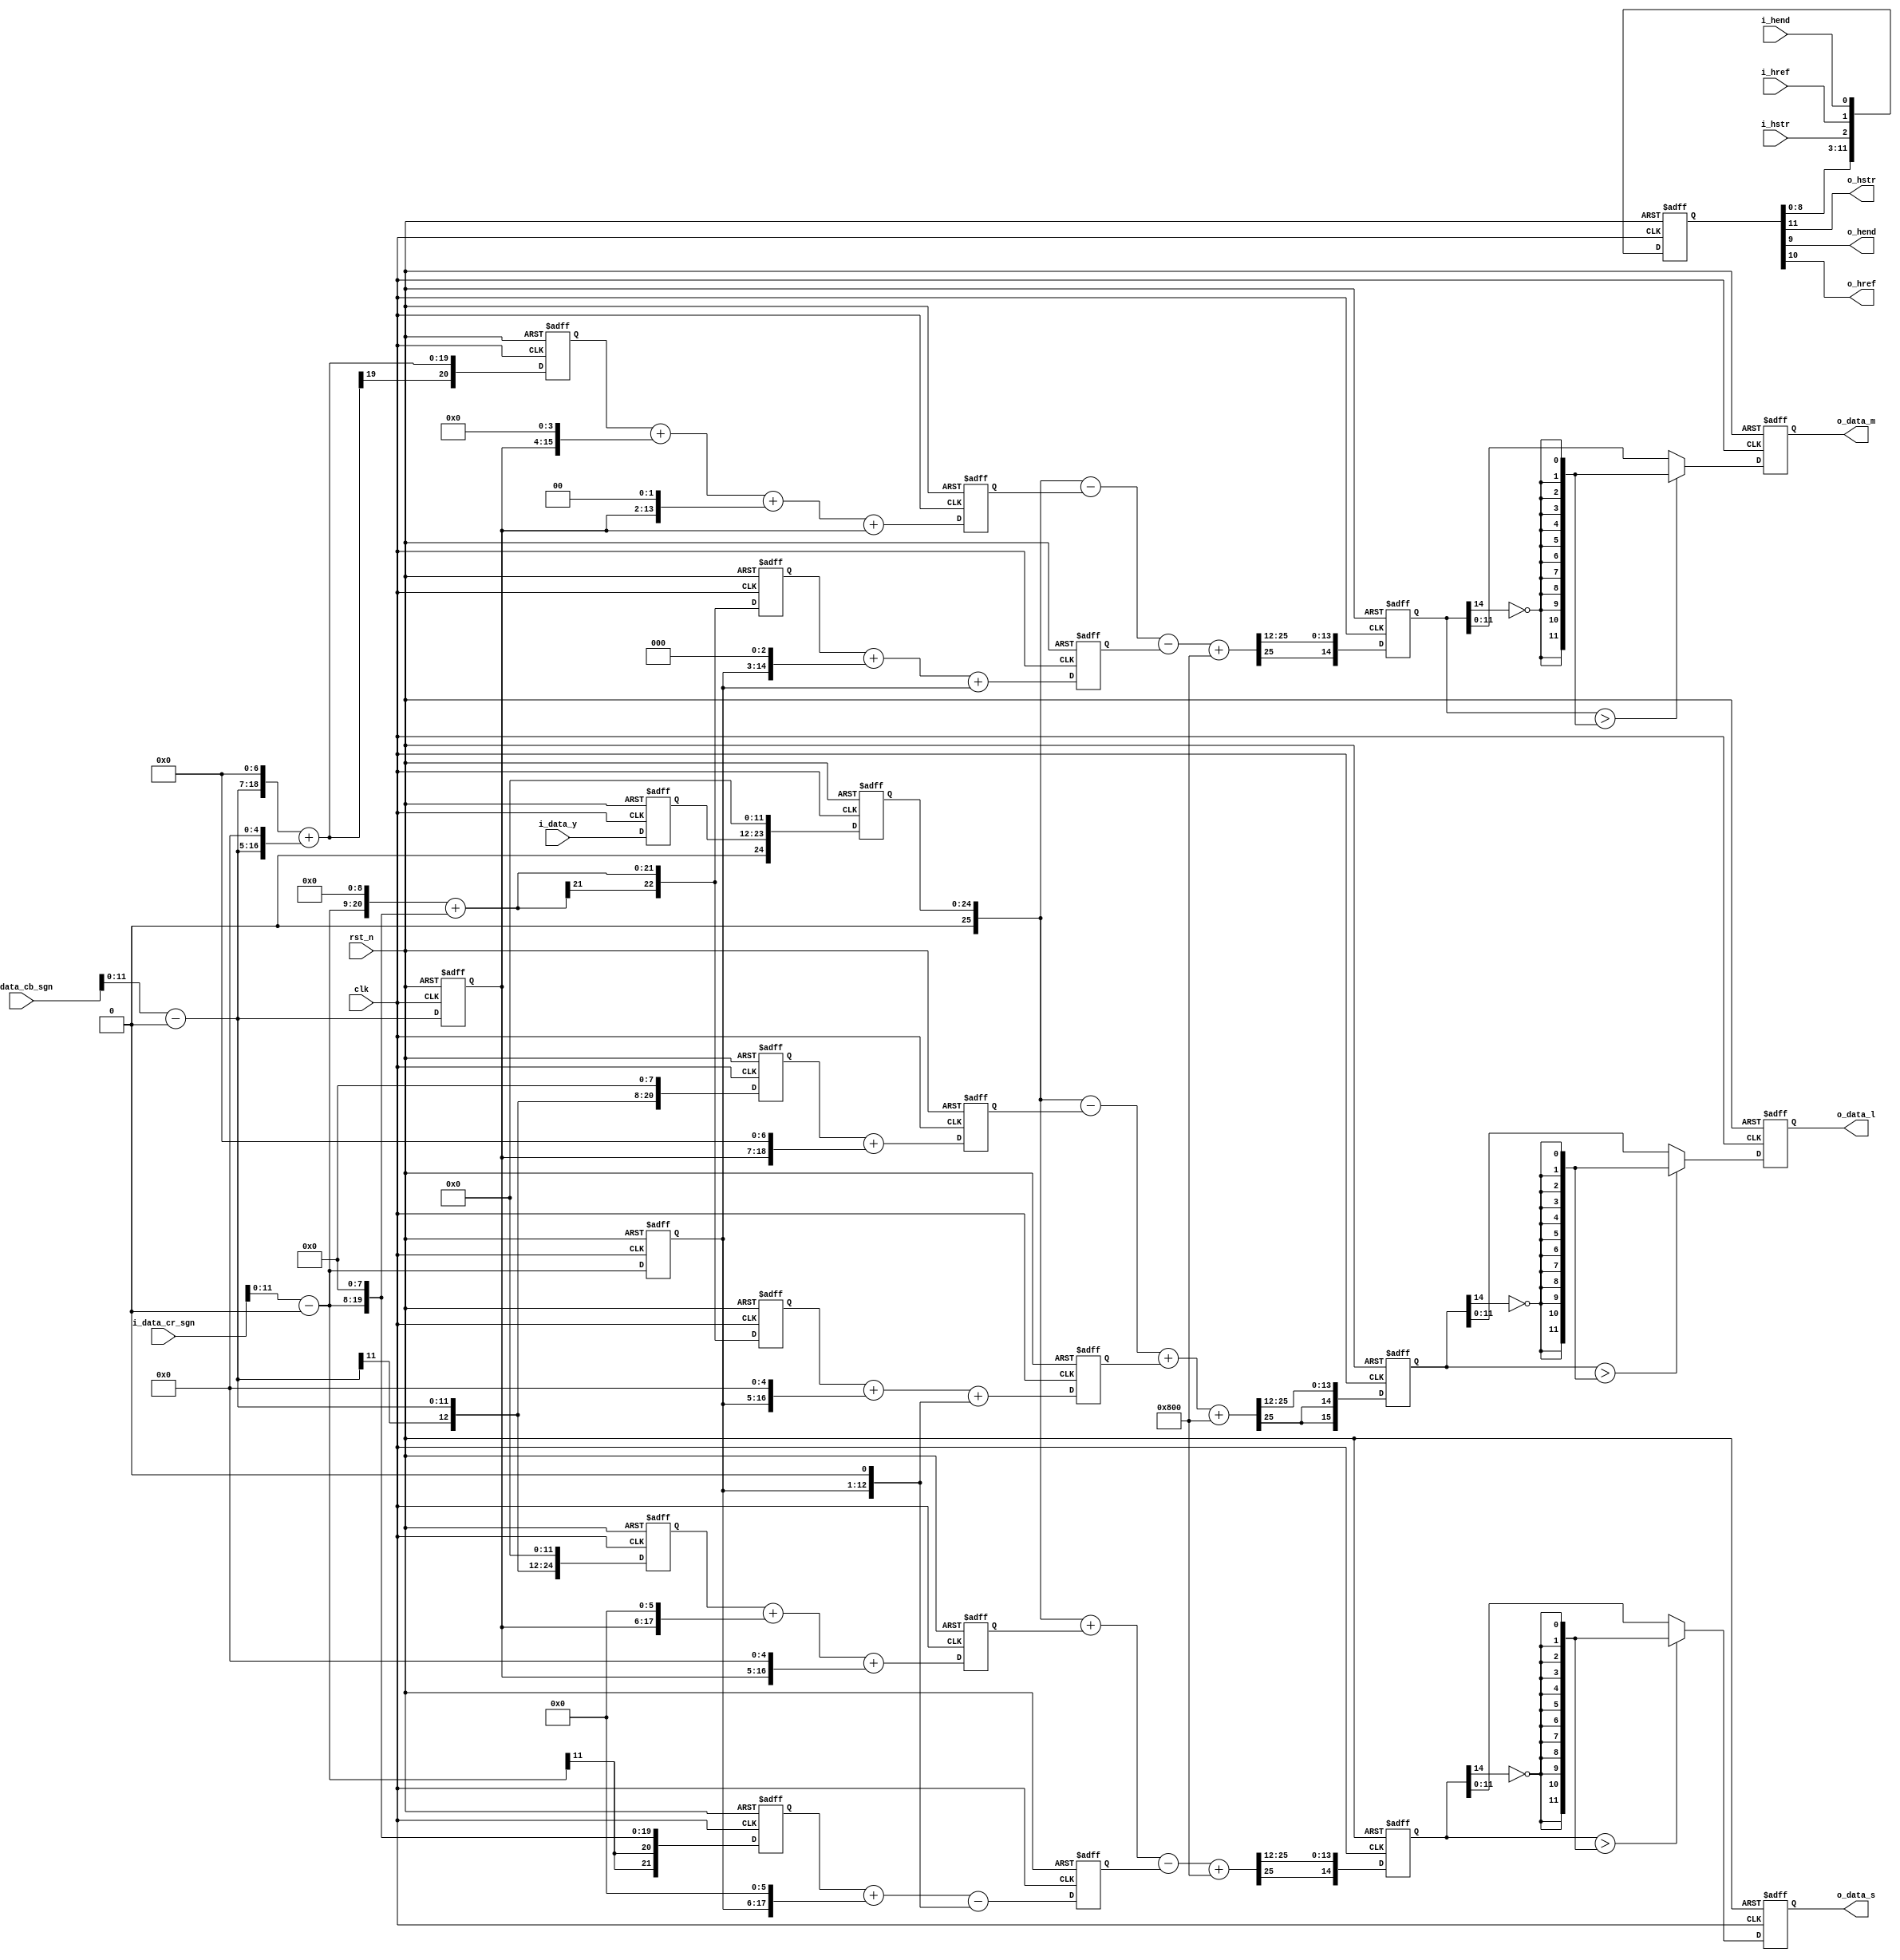
// +FHDR -----------------------------------------------------------------------
// Copyright (c) Silicon Optronics. Inc. 2022
//
//                      2.Martin Chen 
//                      3.Humphrey Lin
// Version:             1.0
//
// File Description:    ycbcr convert to lms
// Abbreviations:
// Parameters:          PRECISION:      S 1.12
// Data precision :     input  : Y    :   8.4
//                               CBCR : S 7.4 or 8.4
//                      outupt :          8.4
// Consuming time :     4T  
// -FHDR -----------------------------------------------------------------------

module ip_ycbcr2lms 
    #(
    parameter CIIW      = 8,            //Accuracy Input Integer Width  //Accuracy can be reduced , but not improved //sign bit are include
    parameter CIPW      = 4,            //Accuracy Input Point Width    //Accuracy can be reduced , but not improved 
    parameter COIW      = 8,            //Accuracy Output Integer Width //Accuracy can be reduced , but not improved //sign bit are include
    parameter COPW      = 4,            //Accuracy Output Point Width   //Accuracy can be reduced , but not improved 
    parameter CIW       = CIIW + CIPW,
    parameter COW       = COIW + COPW,
    parameter YCBCR_POS = 0
    )
(

//----------------------------------------------//
// Output declaration                           //
//----------------------------------------------//
output reg      [COW-1:0] o_data_l,            // outputR
output reg      [COW-1:0] o_data_m,            // outputG
output reg      [COW-1:0] o_data_s,            // outputB
output                    o_hstr,
output                    o_hend,
output                    o_href,

//----------------------------------------------//
// Input declaration                            //
//----------------------------------------------//
input           [CIW-1:0] i_data_y,
input signed    [CIW  :0] i_data_cb_sgn,
input signed    [CIW  :0] i_data_cr_sgn,
input                     i_hstr,
input                     i_hend,
input                     i_href,
input                     clk,
input                     rst_n
);

//----------------------------------------------//
// Local parameter                              //
//----------------------------------------------//
localparam [4:0]               SHIFT_BIT = (12 +CIPW -COPW);
localparam [COW:0]             MAX_NUM   = (2**COW);

localparam [3:0]               QUE_NUM   = 4;
localparam [3:0]               QUE_TOL   = (QUE_NUM)*3-1;

localparam                     L_SFT_MSB = 15 + CIW-SHIFT_BIT;
localparam                     M_SFT_MSB = 15 + CIW-SHIFT_BIT;
localparam                     S_SFT_MSB = 15 + CIW-SHIFT_BIT;

//----------------------------------------------//
// Wire declaration                             //
//----------------------------------------------//
//-------------------------------------------------------------------------------------------- input 
reg          [CIW-1:0]                   i_data_y_q0;
wire signed  [CIW-1:0]                   i_data_cb_norm_sgn;
wire signed  [CIW-1:0]                   i_data_cr_norm_sgn;
reg  signed  [CIW-1:0]                   i_data_cb_norm_sgn_q0;
reg  signed  [CIW-1:0]                   i_data_cr_norm_sgn_q0;

//-------------------------------------------------------------------------------------------- color space convert  
reg          [13 + CIW -1 :0]            y_x4096;
wire         [13 + CIW -1 :0]            y_x4096_nxt;
wire signed  [14 + CIW -1 :0]            y_x4096_sgn;

reg  signed  [10 + CIW -1 :0]            cb_x384_part_1_sgn;
reg  signed  [11 + CIW -1 :0]            cr_x802_part_1_sgn;
wire signed  [10 + CIW -1 :0]            cb_x384_part_1_sgn_nxt;
wire signed  [11 + CIW -1 :0]            cr_x802_part_1_sgn_nxt;
reg  signed  [10 + CIW -1 :0]            cb_x384_sgn;
reg  signed  [11 + CIW -1 :0]            cr_x802_sgn;
wire signed  [10 + CIW -1 :0]            cb_x384_sgn_nxt;
wire signed  [11 + CIW -1 :0]            cr_x802_sgn_nxt;
wire signed  [SHIFT_BIT:0]               l_x4096_rnd_sgn;
reg  signed  [L_SFT_MSB : 0]             l_x4096_sft_sgn;
wire signed  [L_SFT_MSB : 0]             l_x4096_sft_sgn_nxt;
wire                                     l_x4096_bdy;

reg  signed  [9 + CIW -1 :0]             cb_x181_part_1_sgn;
reg  signed  [11  + CIW -1 :0]           cr_x777_part_1_sgn;
wire signed  [9  + CIW -1 :0]            cb_x181_part_1_sgn_nxt;
wire signed  [11 + CIW -1 :0]            cr_x777_part_1_sgn_nxt;
reg  signed  [9 + CIW -1 :0]             cb_x181_sgn;
reg  signed  [11  + CIW -1 :0]           cr_x777_sgn;
wire signed  [9 + CIW -1 :0]             cb_x181_sgn_nxt;
wire signed  [11  + CIW -1 :0]           cr_x777_sgn_nxt;
wire signed  [SHIFT_BIT:0]               m_x4096_rnd_sgn;
reg  signed  [M_SFT_MSB -1 : 0]          m_x4096_sft_sgn;
wire signed  [M_SFT_MSB -1 : 0]          m_x4096_sft_sgn_nxt;
wire                                     m_x4096_bdy;

reg  signed  [13 + CIW -1 :0]            cb_x4192_part_1_sgn;
reg  signed  [10 + CIW -1 :0]            cr_x318_part_1_sgn;
wire signed  [13 + CIW -1 :0]            cb_x4192_part_1_sgn_nxt;
wire signed  [10 + CIW -1 :0]            cr_x318_part_1_sgn_nxt;
reg  signed  [13 + CIW -1 :0]            cb_x4192_sgn;
reg  signed  [10 + CIW -1 :0]            cr_x318_sgn;
wire signed  [13 + CIW -1 :0]            cb_x4192_sgn_nxt;
wire signed  [10 + CIW -1 :0]            cr_x318_sgn_nxt;
wire signed  [SHIFT_BIT:0]               s_x4096_rnd_sgn;
reg  signed  [S_SFT_MSB -1 : 0]          s_x4096_sft_sgn;
wire signed  [S_SFT_MSB -1 : 0]          s_x4096_sft_sgn_nxt;
wire                                     s_x4096_bdy;

//-------------------------------------------------------------------------------------------- output
reg          [QUE_TOL:0]                 out_que;
wire         [QUE_TOL:0]                 out_que_nxt;

wire         [COW-1:0]                   o_data_l_nxt;                
wire         [COW-1:0]                   o_data_m_nxt;                     
wire         [COW-1:0]                   o_data_s_nxt;   

//----------------------------------------------//
// Code Descriptions                            //
//----------------------------------------------//

//-------------------------------------------------------------------------------------------- input 
assign  i_data_cb_norm_sgn     = i_data_cb_sgn - {YCBCR_POS,{CIIW-1{1'b0}},{CIPW{1'b0}}}; //normalize
assign  i_data_cr_norm_sgn     = i_data_cr_sgn - {YCBCR_POS,{CIIW-1{1'b0}},{CIPW{1'b0}}}; //normalize

//-------------------------------------------------------------------------------------------- color space convert  
// 12 bit precision
// L = 1*Y+ -0.09375*Cb + 0.19580078125*Cr
// L = (4096/4096)*Y+ (-384/4096)*Cb + (802/4096)*Cr

assign  y_x4096_nxt             = (i_data_y_q0 <<12) ;

assign  cb_x384_part_1_sgn_nxt  = (i_data_cb_norm_sgn <<8); 
assign  cr_x802_part_1_sgn_nxt  = (i_data_cr_norm_sgn <<9) + (i_data_cr_norm_sgn <<8);

assign  cb_x384_sgn_nxt         = cb_x384_part_1_sgn       + (i_data_cb_norm_sgn_q0 <<7); 
assign  cr_x802_sgn_nxt         = cr_x802_part_1_sgn       + (i_data_cr_norm_sgn_q0 <<5) + (i_data_cr_norm_sgn_q0 <<1);

assign  y_x4096_sgn             = $signed({1'b0,y_x4096});
assign  l_x4096_rnd_sgn         = $signed({1'b0,1'b1,{(SHIFT_BIT -1){1'b0}}});
assign  l_x4096_sft_sgn_nxt     = $signed(y_x4096_sgn - cb_x384_sgn + cr_x802_sgn + l_x4096_rnd_sgn) >>> SHIFT_BIT;
assign  l_x4096_bdy             = l_x4096_sft_sgn > $unsigned({COW{!l_x4096_sft_sgn[L_SFT_MSB-1]}});                   //boundary 
assign  o_data_l_nxt            = (l_x4096_bdy ? {COW{!l_x4096_sft_sgn[L_SFT_MSB-1]}} : $unsigned(l_x4096_sft_sgn));   //0~255 //maybe overflow or underflow 

// M = 1*Y+ -0.044189453125*Cb + -0.189697265625*Cr
// M = (4096/4096)*Y+ (-181/4096)*Cb + (-777/4096)*Cr

assign  cb_x181_part_1_sgn_nxt  = (i_data_cb_norm_sgn <<7) + (i_data_cb_norm_sgn <<5);
assign  cr_x777_part_1_sgn_nxt  = (i_data_cr_norm_sgn <<9) + (i_data_cr_norm_sgn <<8);

assign  cb_x181_sgn_nxt         = cb_x181_part_1_sgn       + (i_data_cb_norm_sgn_q0 <<4) + (i_data_cb_norm_sgn_q0 <<2) + i_data_cb_norm_sgn_q0;
assign  cr_x777_sgn_nxt         = cr_x777_part_1_sgn       + (i_data_cr_norm_sgn_q0 <<3) + i_data_cr_norm_sgn_q0;

assign  m_x4096_rnd_sgn         = $signed({1'b0,1'b1,{(SHIFT_BIT -1){1'b0}}});
assign  m_x4096_sft_sgn_nxt     = $signed(y_x4096_sgn - cb_x181_sgn - cr_x777_sgn + m_x4096_rnd_sgn) >>> SHIFT_BIT;
assign  m_x4096_bdy             = m_x4096_sft_sgn > $unsigned({COW{!m_x4096_sft_sgn[M_SFT_MSB-1]}});                   //boundary 
assign  o_data_m_nxt            = (m_x4096_bdy ? {COW{!m_x4096_sft_sgn[M_SFT_MSB-1]}} : $unsigned(m_x4096_sft_sgn));         //0~255 //maybe overflow or underflow 

// S = 1*Y+ 1.0234375*Cb + -0.07763671875*Cr
// S = (4096/4096)*Y+ (4192/4096)*Cb + (-318/4096)*Cr

assign  cb_x4192_part_1_sgn_nxt = (i_data_cb_norm_sgn <<12);
assign  cr_x318_part_1_sgn_nxt  = (i_data_cr_norm_sgn <<8) ;

assign  cb_x4192_sgn_nxt        = cb_x4192_part_1_sgn     + (i_data_cb_norm_sgn_q0 <<6) + (i_data_cb_norm_sgn_q0 <<5);
assign  cr_x318_sgn_nxt         = cr_x318_part_1_sgn      + (i_data_cr_norm_sgn_q0 <<6) - (i_data_cr_norm_sgn_q0 <<1);

assign  s_x4096_rnd_sgn         = $signed({1'b0,1'b1,{(SHIFT_BIT -1){1'b0}}});
assign  s_x4096_sft_sgn_nxt     = $signed(y_x4096_sgn + cb_x4192_sgn - cr_x318_sgn + s_x4096_rnd_sgn) >>> SHIFT_BIT;
assign  s_x4096_bdy             = s_x4096_sft_sgn > $unsigned({COW{!s_x4096_sft_sgn[S_SFT_MSB-1]}});                   //boundary 
assign  o_data_s_nxt            = (s_x4096_bdy ? {COW{!s_x4096_sft_sgn[S_SFT_MSB-1]}} : $unsigned(s_x4096_sft_sgn));         //0~255 //maybe overflow or underflow 

//-------------------------------------------------------------------------------------------- output
assign  out_que_nxt             = {out_que[QUE_TOL:0] , i_hstr,i_href,i_hend}; 
assign  o_hstr                  = out_que[QUE_TOL];
assign  o_href                  = out_que[QUE_TOL-1];
assign  o_hend                  = out_que[QUE_TOL-2];

always@(posedge clk or negedge rst_n)begin
    if (!rst_n) begin
//-------------------------------------------------------------------------------------------- color space convert 
        i_data_y_q0           <= 0;
        i_data_cb_norm_sgn_q0 <= 0;
        i_data_cr_norm_sgn_q0 <= 0;
        cb_x384_part_1_sgn    <= 0;
        cr_x802_part_1_sgn    <= 0;
        cb_x181_part_1_sgn    <= 0;
        cr_x777_part_1_sgn    <= 0;
        cb_x4192_part_1_sgn   <= 0;
        cr_x318_part_1_sgn    <= 0;
        
        y_x4096               <= 0;
        cb_x384_sgn           <= 0;
        cr_x802_sgn           <= 0;
        cb_x181_sgn           <= 0;
        cr_x777_sgn           <= 0;
        cb_x4192_sgn          <= 0;
        cr_x318_sgn           <= 0;

        l_x4096_sft_sgn       <= 0;
        m_x4096_sft_sgn       <= 0;
        s_x4096_sft_sgn       <= 0;
        
//-------------------------------------------------------------------------------------------- output
        out_que               <= 0;
        o_data_l              <= 0;                
        o_data_m              <= 0;                     
        o_data_s              <= 0; 
        
    end
    else begin
//-------------------------------------------------------------------------------------------- color space convert 
        i_data_y_q0           <= i_data_y;
        i_data_cb_norm_sgn_q0 <= i_data_cb_norm_sgn;
        i_data_cr_norm_sgn_q0 <= i_data_cr_norm_sgn;
        cb_x384_part_1_sgn    <= cb_x384_part_1_sgn_nxt;
        cr_x802_part_1_sgn    <= cr_x802_part_1_sgn_nxt;
        cb_x181_part_1_sgn    <= cb_x181_part_1_sgn_nxt;
        cr_x777_part_1_sgn    <= cr_x777_part_1_sgn_nxt;
        cb_x4192_part_1_sgn   <= cb_x4192_part_1_sgn_nxt;
        cr_x318_part_1_sgn    <= cr_x318_part_1_sgn_nxt;

        y_x4096               <= y_x4096_nxt    ;
        cb_x384_sgn           <= cb_x384_sgn_nxt;
        cr_x802_sgn           <= cr_x802_sgn_nxt;
        cb_x181_sgn           <= cb_x181_sgn_nxt;
        cr_x777_sgn           <= cr_x777_sgn_nxt;
        cb_x4192_sgn          <= cb_x4192_sgn_nxt;
        cr_x318_sgn           <= cr_x318_sgn_nxt;

        l_x4096_sft_sgn       <= l_x4096_sft_sgn_nxt;
        m_x4096_sft_sgn       <= m_x4096_sft_sgn_nxt;
        s_x4096_sft_sgn       <= s_x4096_sft_sgn_nxt;
        
//-------------------------------------------------------------------------------------------- output
        out_que               <= out_que_nxt;
        o_data_l              <= o_data_l_nxt;                
        o_data_m              <= o_data_m_nxt;                     
        o_data_s              <= o_data_s_nxt; 
        
    end
end




endmodule